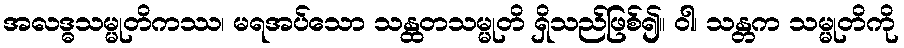
အလဒ္ဓသမ္မုတိကဿ၊ မရအပ်သော သန္ထတသမ္မုတိ ရှိသည်ဖြစ်၍။ ဝါ၊ သန္တက သမ္မုတိကို